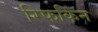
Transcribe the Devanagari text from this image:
रिफकिन